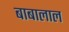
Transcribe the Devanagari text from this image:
बाबालाल